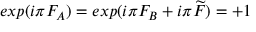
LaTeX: e x p ( i \pi F _ { A } ) = e x p ( i \pi F _ { B } + i \pi \widetilde { F } ) = + 1